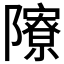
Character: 𨽒